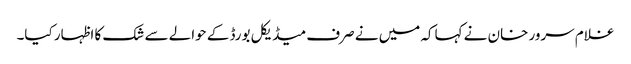
غلام سرور خان نے کہاکہ میں نے صرف میڈیکل بورڈ کے حوالے سے شک کا اظہار کیا۔